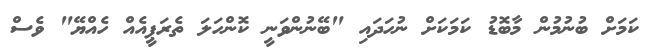
ކަމަށް ބުނުމުން މާބޮޑު ކަމަކަށް ނުހަދައި "ބޭނުންވަނީ ކޮންހަލަ ތެރަޕީއެއް ހެއްޔޭ" ވެސް